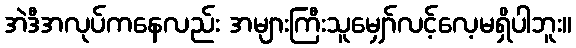
အဲဒီအလုပ်ကနေလည်း အများကြီးသူမျှော်လင့်လေ့မရှိပါဘူး။